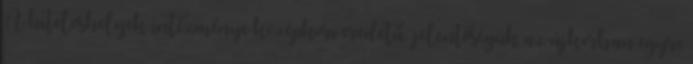
A hiteleshelyek intézménye középkori eredetű, jelentőségük az újkorban egyre